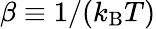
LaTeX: \beta\equiv 1/(k_{\mathrm{B}}T)